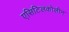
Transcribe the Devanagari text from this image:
एसिटिलकोलीन